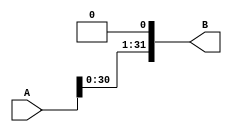
`timescale 1ns / 1ps
//////////////////////////////////////////////////////////////////////////////////
// Company: 
// Engineer: 
// 
// Design Name: 
// Module Name: left_shift
// Project Name: 
// Target Devices: 
// Tool Versions: 
// Description: 
// 
// Dependencies: 
// 
// Revision:
// Revision 0.01 - File Created
// Additional Comments:
// 
//////////////////////////////////////////////////////////////////////////////////


module left_shift(
    input [31:0] A,
    output [31:0] B
    );
    assign B[0]=0;
    genvar i;
    generate for(i=1;i<32;i=i+1) begin
        assign B[i]=A[i-1];
    end
    endgenerate
endmodule